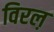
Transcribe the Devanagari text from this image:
विरल़